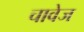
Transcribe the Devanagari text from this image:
चावेज